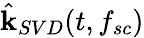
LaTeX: \hat{\mathbf{k}}_{SVD}(t,f_{sc})